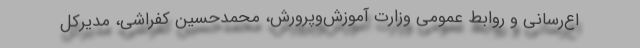
اع‌رسانی و روابط عمومی وزارت آموزش‌وپرورش، محمدحسین کفراشی، مدیرکل